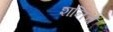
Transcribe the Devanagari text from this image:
शनिचे